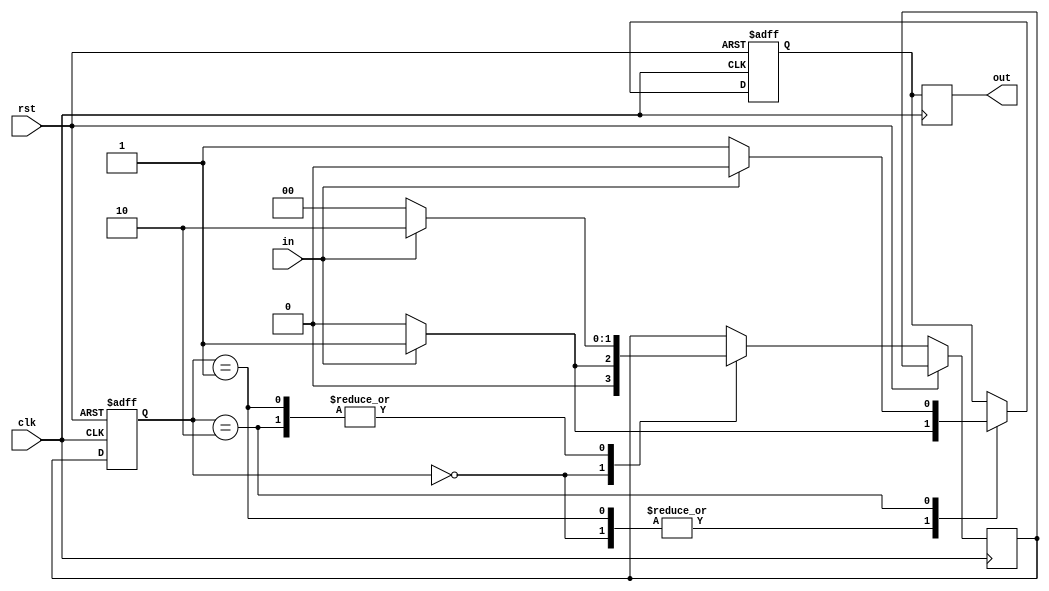
module mealy_state_machine (
  input wire clk,
  input wire rst,
  input wire in,
  output reg out
);

  // Define states
  parameter STATE_A = 2'b00;
  parameter STATE_B = 2'b01;
  parameter STATE_C = 2'b10;
  
  // Define outputs
  reg out_reg;
  
  // Define state register
  reg [1:0] state_reg, next_state;
  
  // State transition and output generation logic
  always @ (posedge clk or posedge rst)
  begin
    if (rst) begin
      state_reg <= STATE_A;
      out_reg <= 0;
    end
    else begin
      state_reg <= next_state;
      case (state_reg)
        STATE_A: begin
          if (in) begin
            next_state <= STATE_B;
            out_reg <= 1;
          end
          else begin
            next_state <= STATE_A;
            out_reg <= 0;
          end
        end
        STATE_B: begin
          if (in) begin
            next_state <= STATE_C;
            out_reg <= 1;
          end
          else begin
            next_state <= STATE_A;
            out_reg <= 0;
          end
        end
        STATE_C: begin
          if (in) begin
            next_state <= STATE_C;
            out_reg <= 0;
          end
          else begin
            next_state <= STATE_A;
            out_reg <= 1;
          end
        end
      endcase
    end
  end
  
  // Assign output
  always @ (posedge clk)
  begin
    out <= out_reg;
  end

endmodule